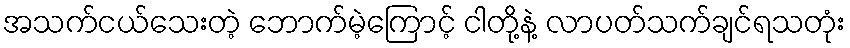
အသက်ငယ်သေးတဲ့ ဘောက်မဲ့ကြောင့် ငါတို့နဲ့ လာပတ်သက်ချင်ရသတုံး